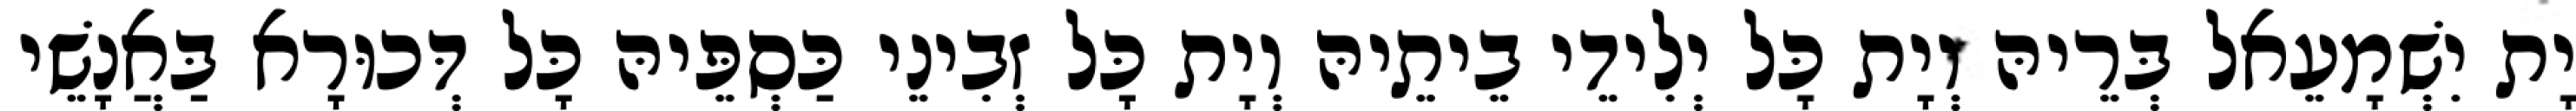
יָת יִשְׁמָעֵאל בְּרֵיהּ וְיָת כָּל יְלִידֵי בֵיתֵיהּ וְיָת כָּל זְבִינֵי כַּסְפֵּיהּ כָּל דְּכוּרָא בַּאֲנָשֵׁי